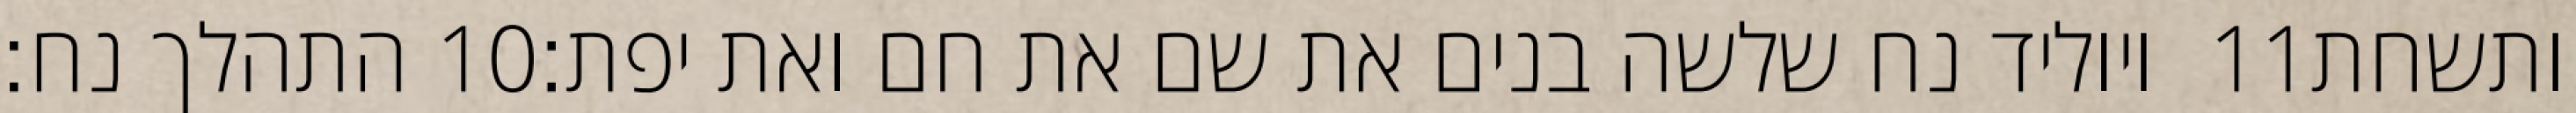
התהלך נח׃ ‎10‏ ויוליד נח שלשה בנים את שם את חם ואת יפת׃ ‎11‏ ותשחת